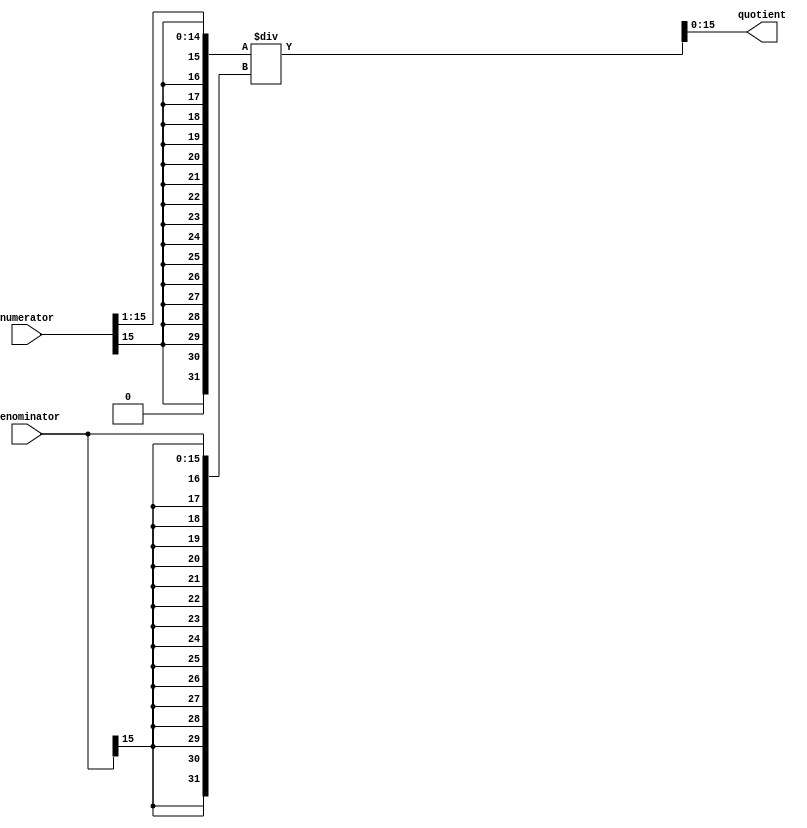
module fixed_point_divider (
    input signed [15:0] numerator,
    input signed [15:0] denominator,
    output signed [15:0] quotient
);

// Sign extension logic
wire signed [31:0] extended_numerator;
wire signed [31:0] extended_denominator;
assign extended_numerator = {{16{numerator[15]}}, numerator};
assign extended_denominator = {{16{denominator[15]}}, denominator};

// Shift numerator to align with denominator
wire signed [31:0] shifted_numerator;
assign shifted_numerator = extended_numerator >> 1; // Example shift amount, adjust as needed

// Perform division using adders and multipliers
wire signed [31:0] division_result;
assign division_result = shifted_numerator / extended_denominator;

// Rounding logic (if needed)
assign quotient = division_result[15:0];

endmodule